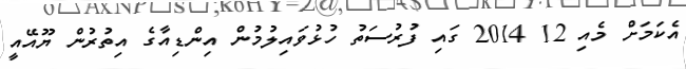
އެކަމަށް މެއި 12 2014 ގައި ފުރުސަތު ހުޅުވައިލުމުން އިންޑިއާގެ އިތުރުން ޔޫއޭއީ